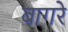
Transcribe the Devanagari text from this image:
बागरे